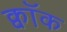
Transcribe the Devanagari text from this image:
क्वॉक